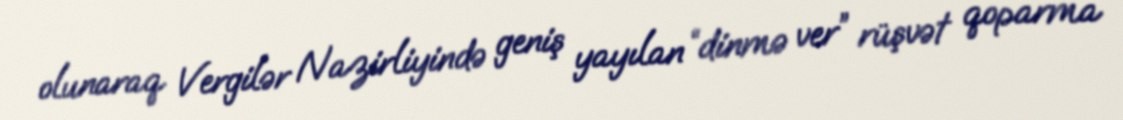
olunaraq Vergilər Nazirliyində geniş yayılan “dinmə ver” rüşvət qoparma